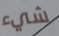
شيء